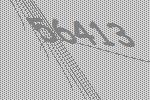
56413